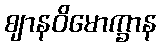
ဈာနဝိမောက္ခာန